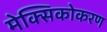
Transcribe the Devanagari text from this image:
मेक्सिकोकरण